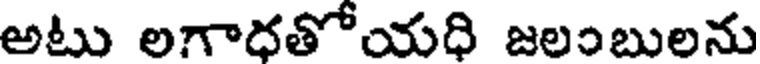
అటు లగాధతోయధి జలంబులను